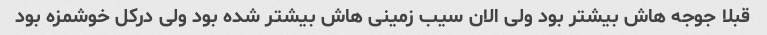
قبلا جوجه هاش بیشتر بود ولی الان سیب زمینی هاش بیشتر شده بود ولی درکل خوشمزه بود